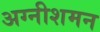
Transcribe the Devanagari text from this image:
अग्नीशमन